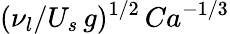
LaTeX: (\nu_{l}/U_{s}\, g)^{1/2}\, Ca^{-1/3}